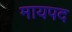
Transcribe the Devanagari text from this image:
मायपद